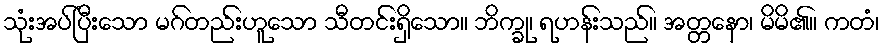
သုံးအပ်ပြီးသော မဂ်တည်းဟူသော သီတင်းရှိသော။ ဘိက္ခု၊ ရဟန်းသည်။ အတ္တနော၊ မိမိ၏။ ကတံ၊